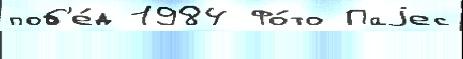
поб'е́д 1984 Фо́то Паjес